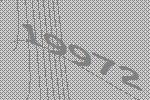
19972